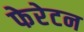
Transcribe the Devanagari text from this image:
फेरेटन